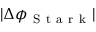
| \Delta \phi _ { \mathrm { ~ S ~ t ~ a ~ r ~ k ~ } } |